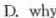
D. why